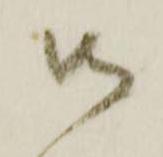
御